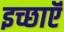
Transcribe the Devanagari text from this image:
इच्छाऍं